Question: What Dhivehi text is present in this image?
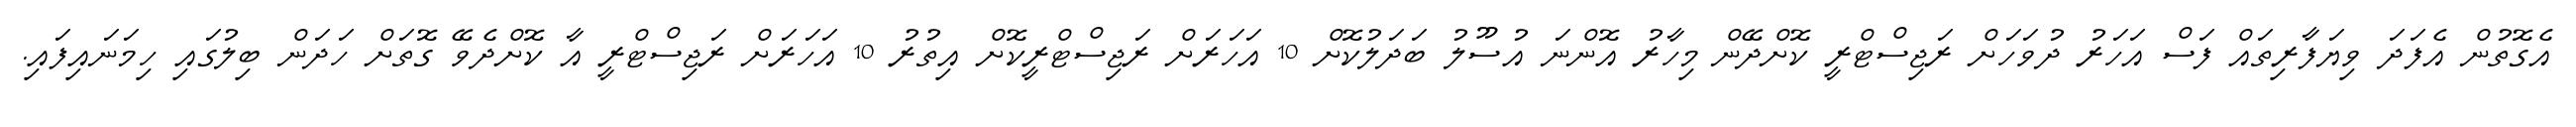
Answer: އެގޮތުން އެފަދަ ވިޔަފާރިތައް ފަސް އަހަރު ދުވަހަށް ރަޖިސްޓްރީ ކޮށްދޭން މިހާރު އޮންނަ އުސޫލު ބަދަލުކޮށް 10 އަހަރަށް ރަޖިސްޓްރީކޮށް އިތުރު 10 އަހަރަށް ރަޖިސްޓްރީ އާ ކޮށްދެވޭ ގޮތަށް ހަދަން ބިލުގައި ހިމަނައިފައި.